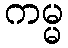
ကမ္မ